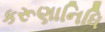
કરૂણાનિધિ